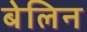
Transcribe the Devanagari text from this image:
बेलिन